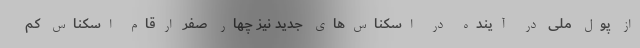
از پول ملی در آینده در اسکناس‌های جدید نیز چهار صفر ارقام اسکناس کم